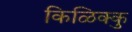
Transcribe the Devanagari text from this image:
किळिक्कु